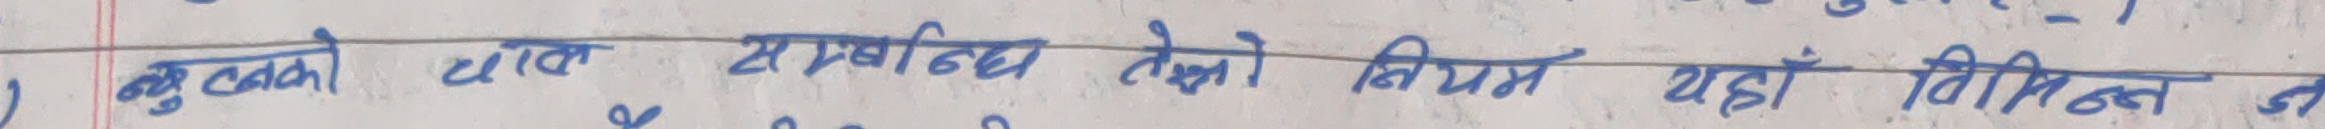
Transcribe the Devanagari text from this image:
बुद्धको दात सम्बन्धि लेखको नियम यहाँ विभिन्न जन